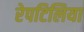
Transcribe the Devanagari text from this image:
रेपटिलिया